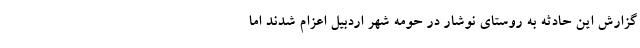
گزارش این حادثه به روستای نوشار در حومه شهر اردبیل اعزام شدند اما